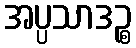
အပ္ပသာဒဉ္စ